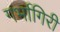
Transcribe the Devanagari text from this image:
गर्भागिरी